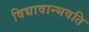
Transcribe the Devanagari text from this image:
विद्यावान्भवति